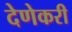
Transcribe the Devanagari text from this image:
देणेकरी